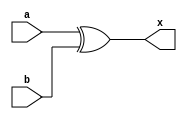
//MODULOS
module GXOR2(a,b,x);
	input a,b;
	output x;

//ASIGNACIONES
assign x=a^b;
endmodule